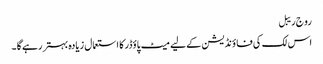
رو ج ریبل
اس لک کی فا ؤنڈیشن کے لیے میٹ پاؤڈر کا استعمال زیادہ بہتر رہے گا ۔